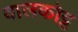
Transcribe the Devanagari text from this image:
वालकोट्ट